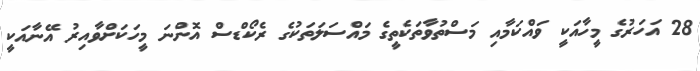
28 އަހަރުގެ މީހާއަކީ ވައްކަމާއި މަސްތުވާތަކެތީގެ މައްސަލަތަކުގެ ރެކޯޑްސް އޮންނަ މީހަކަށްވާއިރު އޭނާއަކީ